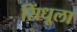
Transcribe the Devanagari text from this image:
सिंधूला